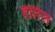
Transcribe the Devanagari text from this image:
होरिल